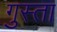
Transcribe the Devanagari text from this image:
गुस्ता